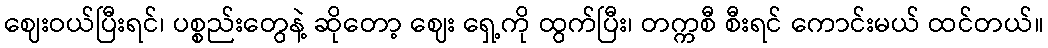
ဈေးဝယ်ပြီးရင်၊ ပစ္စည်းတွေနဲ့ ဆိုတော့ ဈေး ရှေ့ကို ထွက်ပြီး၊ တက္ကစီ စီးရင် ကောင်းမယ် ထင်တယ်။